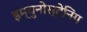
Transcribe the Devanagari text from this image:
इम्युनोस्टेनिंग